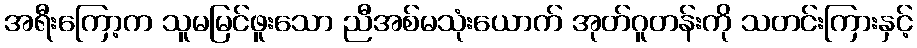
အရီးကြော့က သူမမြင်ဖူးသော ညီအစ်မသုံးယောက် အုတ်ဂူတန်းကို သတင်းကြားနှင့်